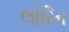
લોરિન